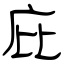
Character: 庇